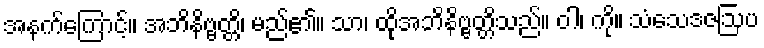
အနက်ကြောင့်။ အဘိနိဗ္ဗတ္တိ၊ မည်၏။ သာ၊ ထိုအဘိနိဗ္ဗတ္တိသည်။ ဝါ၊ ကို။ သံသေဒဇဩပ